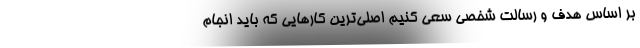
بر اساس هدف و رسالت شخصی سعی کنیم اصلی‌ترین کارهایی که باید انجام